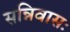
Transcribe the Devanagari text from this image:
सन्निवासः